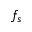
f _ { s }